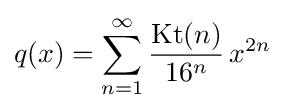
q(x)=\sum _{n=1}^{\infty }{\frac {{\text{Kt}}(n)}{16^{n}}}\,x^{2n}